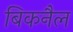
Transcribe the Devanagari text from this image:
बिकनैल